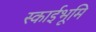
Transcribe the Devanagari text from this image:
स्काईभूमि